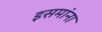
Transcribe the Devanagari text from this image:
इसमांना